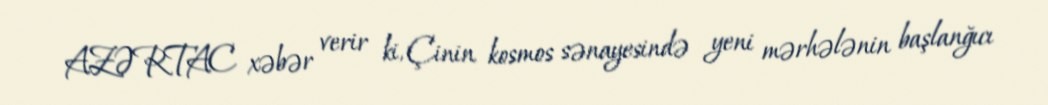
AZƏRTAC xəbər verir ki, Çinin kosmos sənayesində yeni mərhələnin başlanğıcı